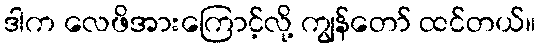
ဒါက လေဖိအားကြောင့်လို့ ကျွန်တော် ထင်တယ်။